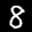
Label: 8